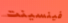
فينسينت